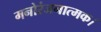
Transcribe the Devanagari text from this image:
मनोरंजनात्मक।